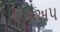
લૂકઅપ